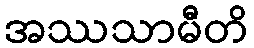
အဿသာမီတိ